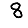
Digit: 8